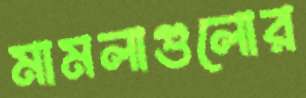
মামলাগুলোর